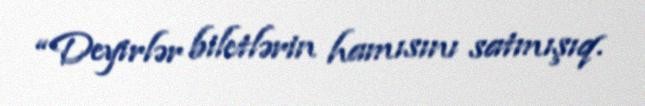
“Deyirlər biletlərin hamısını satmışıq.